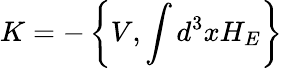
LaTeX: K=-\left\{ V,\int d^{3}xH_{E}\right\}